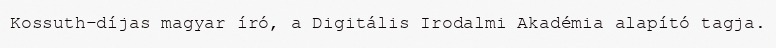
Kossuth-díjas magyar író, a Digitális Irodalmi Akadémia alapító tagja.